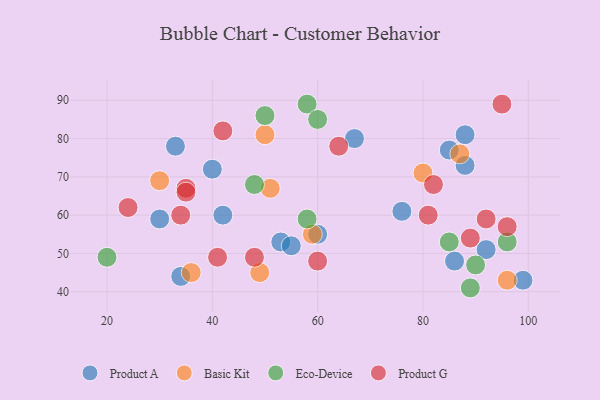
{"axis": {"x": "GDP", "y": "Life Expectancy"}, "legend": ["Basic Kit", "Eco-Device", "Product A", "Product G"], "data": [{"x": "34", "y": 44, "type": "Product A"}, {"x": "40", "y": 72, "type": "Product A"}, {"x": "85", "y": 77, "type": "Product A"}, {"x": "88", "y": 81, "type": "Product A"}, {"x": "33", "y": 78, "type": "Product A"}, {"x": "53", "y": 53, "type": "Product A"}, {"x": "86", "y": 48, "type": "Product A"}, {"x": "55", "y": 52, "type": "Product A"}, {"x": "42", "y": 60, "type": "Product A"}, {"x": "67", "y": 80, "type": "Product A"}, {"x": "99", "y": 43, "type": "Product A"}, {"x": "76", "y": 61, "type": "Product A"}, {"x": "88", "y": 73, "type": "Product A"}, {"x": "30", "y": 59, "type": "Product A"}, {"x": "60", "y": 55, "type": "Product A"}, {"x": "92", "y": 51, "type": "Product A"}, {"x": "59", "y": 55, "type": "Basic Kit"}, {"x": "30", "y": 69, "type": "Basic Kit"}, {"x": "87", "y": 76, "type": "Basic Kit"}, {"x": "51", "y": 67, "type": "Basic Kit"}, {"x": "50", "y": 81, "type": "Basic Kit"}, {"x": "80", "y": 71, "type": "Basic Kit"}, {"x": "36", "y": 45, "type": "Basic Kit"}, {"x": "96", "y": 43, "type": "Basic Kit"}, {"x": "49", "y": 45, "type": "Basic Kit"}, {"x": "58", "y": 59, "type": "Eco-Device"}, {"x": "58", "y": 89, "type": "Eco-Device"}, {"x": "96", "y": 53, "type": "Eco-Device"}, {"x": "50", "y": 86, "type": "Eco-Device"}, {"x": "48", "y": 68, "type": "Eco-Device"}, {"x": "20", "y": 49, "type": "Eco-Device"}, {"x": "90", "y": 47, "type": "Eco-Device"}, {"x": "85", "y": 53, "type": "Eco-Device"}, {"x": "89", "y": 41, "type": "Eco-Device"}, {"x": "60", "y": 85, "type": "Eco-Device"}, {"x": "48", "y": 49, "type": "Product G"}, {"x": "64", "y": 78, "type": "Product G"}, {"x": "81", "y": 60, "type": "Product G"}, {"x": "35", "y": 67, "type": "Product G"}, {"x": "82", "y": 68, "type": "Product G"}, {"x": "96", "y": 57, "type": "Product G"}, {"x": "41", "y": 49, "type": "Product G"}, {"x": "92", "y": 59, "type": "Product G"}, {"x": "35", "y": 66, "type": "Product G"}, {"x": "60", "y": 48, "type": "Product G"}, {"x": "95", "y": 89, "type": "Product G"}, {"x": "42", "y": 82, "type": "Product G"}, {"x": "34", "y": 60, "type": "Product G"}, {"x": "89", "y": 54, "type": "Product G"}, {"x": "24", "y": 62, "type": "Product G"}]}